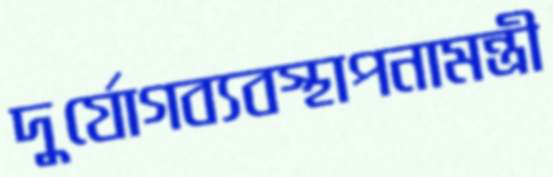
দুর্যোগব্যবস্থাপনামন্ত্রী